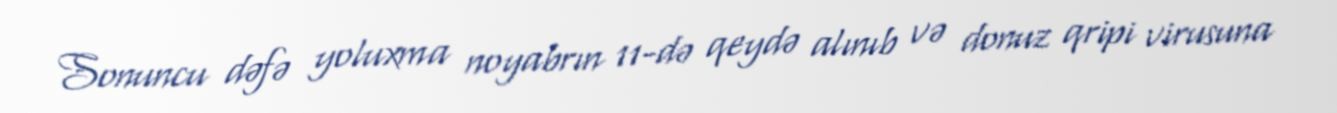
Sonuncu dəfə yoluxma noyabrın 11-də qeydə alınıb və donuz qripi virusuna